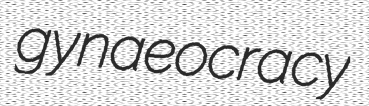
gynaeocracy